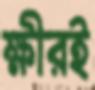
ক্ষীরই